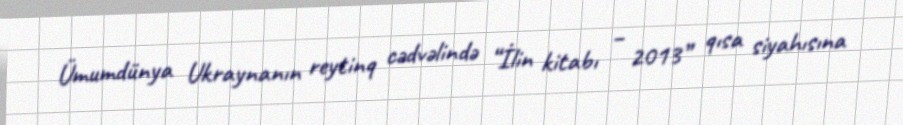
Ümumdünya Ukraynanın reytinq cədvəlində “İlin kitabı – 2013” qısa siyahısına